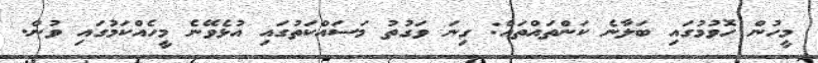
މީހުން ހޮވުމުގައި ބަލާނެ ކަންތައްތައް: ގިނަ ވަގުތު މަސައްކަތުގައި އުޅެވޭނެ މީހެއްކަމުގައި ވުން.